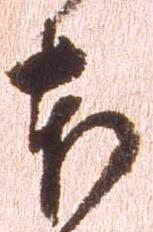
本